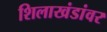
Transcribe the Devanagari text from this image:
शिलाखंडांवर